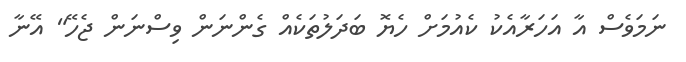
ނަމަވެސް އާ އަހަރާއެކު ކެއުމަށް ހެޔޮ ބަދަލުތަކެއް ގެންނަން ވިސްނަން ޖެހޭ" އޭނާ